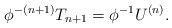
LaTeX: \begin{align*}\phi^{-(n+1)}T_{n+1}=\phi^{-1}U^{(n)}.\end{align*}